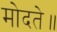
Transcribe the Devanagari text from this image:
मोदते॥